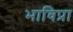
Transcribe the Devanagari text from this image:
भाविप्रा